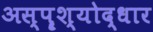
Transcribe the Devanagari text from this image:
अस्पॄश्योद्धार